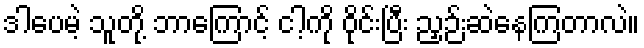
ဒါပေမဲ့ သူတို့ ဘာကြောင့် ငါ့ကို ဝိုင်းပြီး ညှဉ်းဆဲနေကြတာလဲ။